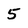
Character: 5